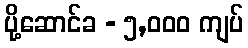
ပို့ဆောင်ခ - ၅,၀၀၀ ကျပ်